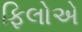
ફિલોએ